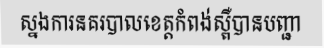
ស្នងការនគរបាលខេត្តកំពង់ស្ពឺបានបញ្ជា